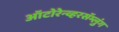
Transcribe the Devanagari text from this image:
ऑटोरेन्व्हरसॅम्लुंग